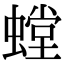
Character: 螳